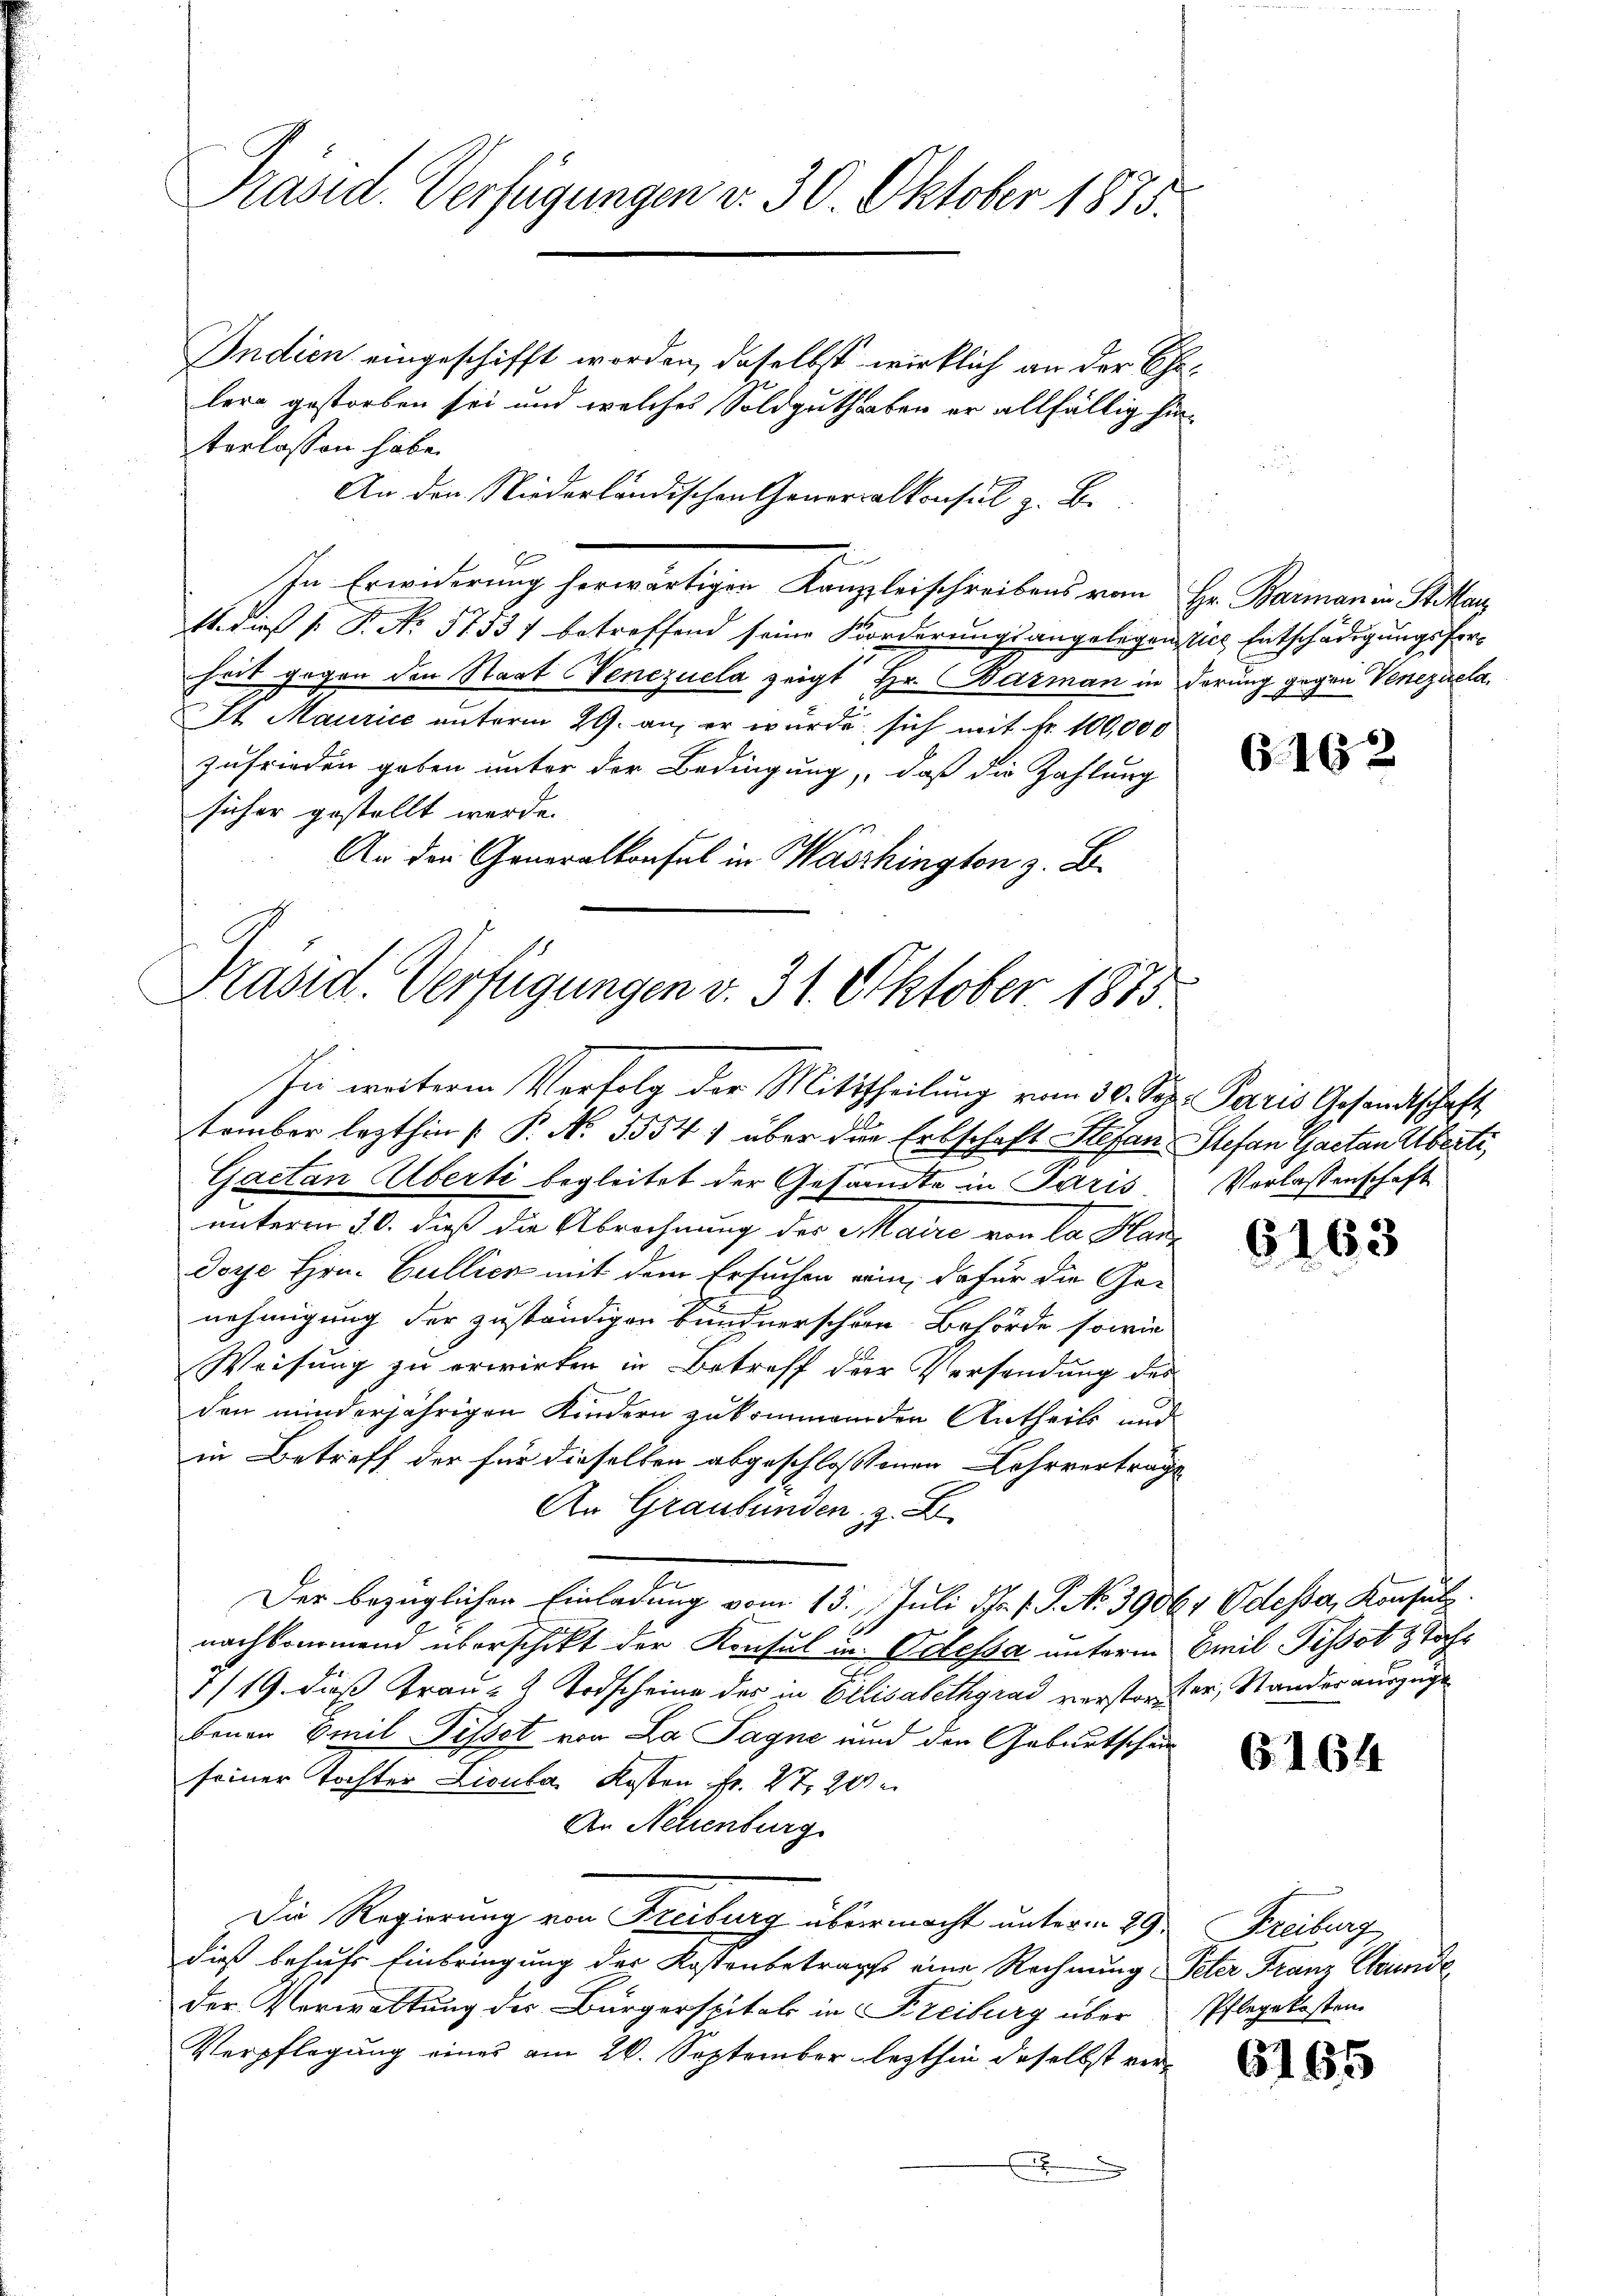
Präsid. Verfügungen v. 30. Oktober 1835.

Indien eingeschifft worden, daselbst wirklich an der Ehelere gestorben sei und welches Soldguthaben er allfällig hinterlassen habe.
An den Niederländischen Generalkonsul z. B.
b
In Erwiderung herwärtigen Kanzleischreibens vom Hr. Barman in Stiller
11. dieß (: P. Nr. 57537 betreffend seine Forderungsangelegen sich Entschädigungsforheit gegen den Staat Venezuela zeigt Hr. Barman in derung gegen Venezuela
St Maurice unterm 29. an, er wurde sich mit Fr. 100,000
zufrieden geben unter der Bedingung, daß die Zahlung
sicher gestellt werde.
An der Generalkonsul in Waschington z. B.

Präsid. Verfügungen v. 31. Oktober 1875.
In weiteren Verfolg der Mittheilung vom 30. Sep. Paris Gesandtschaft

tember lezthin |: P. N. 5554) über der Erbschaft Stefan Stefan Gaetan Alberte,
Gaetan Überti begleitet der Gesandte in Paris
unterm 20. dieß die Abrechnung des Maire von la Han¬
Doye Hrn. Gullich mit dem Ersuchen vom dafür die Genehmigung der zuständigen Bundnerschen Behörde sowie
Weisung zu erwirken in Betreff der Versendung des
den minderjährigen Kindern zukommenden Antheils und
in Betreff der für dieselben abgeschlossenen Lehrvertrage
An Graubünden, z.
Der bezüglichen Einladung vom 13. Juli d. J. P. No. 39064 Odessa, Konsulz.
nachkommend überschikt der Konsul in Polessa unterm Emil Tissot 3 Jah¬
7/19. dieß Frau- & Todscheine des in Elisabethgrad verstorfter, Standesauszuge
benau Emil Fisset von La Sagne und den Gebautschun
seiner Tochter Lionka Kosten Fr. 27,200
An Neuenburg
Die Regierung von Freiburg übermacht unterm 29. Freiburg
dieß behufs Einbringung der Kostenbetrags eine Rechnung Peter Franz Chunde
der Verwaltung der Bürgerspital in Freiburg über Pflegekosten
Verpflegung eines am 26. September lezthin daselbst ver¬
F

G. 16

Verlassenschaft

6163

G164

6165